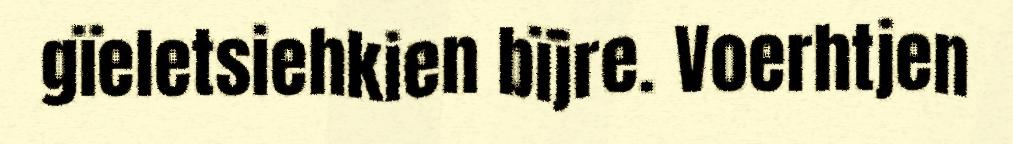
gïeletsiehkien bïjre. Voerhtjen